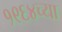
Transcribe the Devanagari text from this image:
१९६४च्या